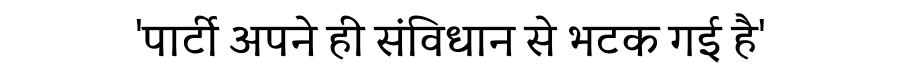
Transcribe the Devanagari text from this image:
'पार्टी अपने ही संविधान से भटक गई है'